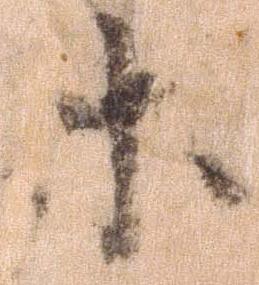
等